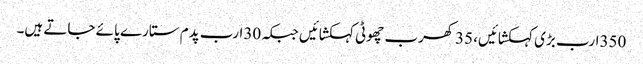
350ارب بڑی کہکشائیں، 35کھرب چھوٹی کہکشائیں جبکہ 30ارب پدم ستارے پائے جاتے ہیں۔